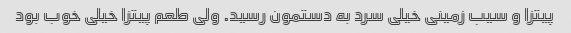
پیتزا و سیب زمینی خیلی سرد به دستمون رسید. ولی طعم پیتزا خیلی خوب بود